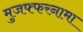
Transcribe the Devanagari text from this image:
मुजफ्फरनामा